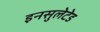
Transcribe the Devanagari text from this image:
इनसुलेटेड